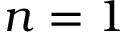
n = 1